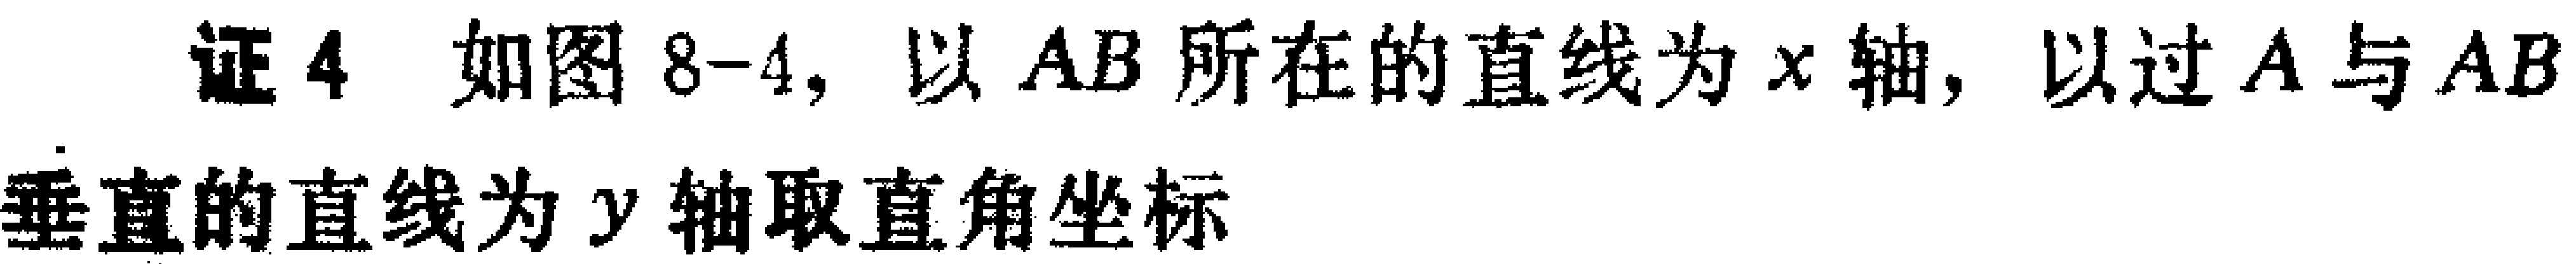
证4 如图8-4, 以 \(AB\) 所在的直线为 \(x\) 轴, 以过 \(A\) 与 \(AB\) 垂直的直线为 \(y\) 轴取直角坐标